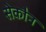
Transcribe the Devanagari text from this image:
सेकौन